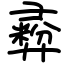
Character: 彛